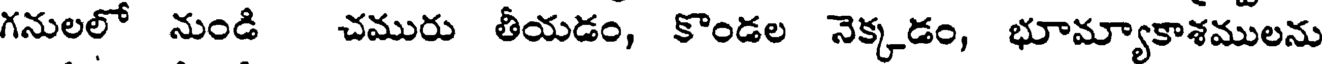
గనులలో నుండి చమురు తీయడం, కొండల నెక్కడం, భూమ్యాకాశములను